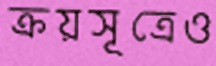
ক্রয়সূত্রেও